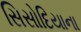
સિસોદિયાના